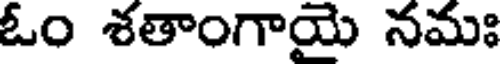
ఓం శతాంగాయై నమః